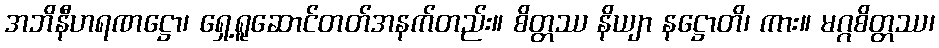
အဘိနီဟရဏဋ္ဌော၊ ရှေ့ရူဆောင်တတ်အနက်တည်း။ စိတ္တဿ နိယျာ နဋ္ဌောတိ၊ ကား။ မဂ္ဂစိတ္တဿ၊